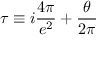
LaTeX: \tau \equiv i \frac { 4 \pi } { e ^ { 2 } } + \frac { \theta } { 2 \pi }